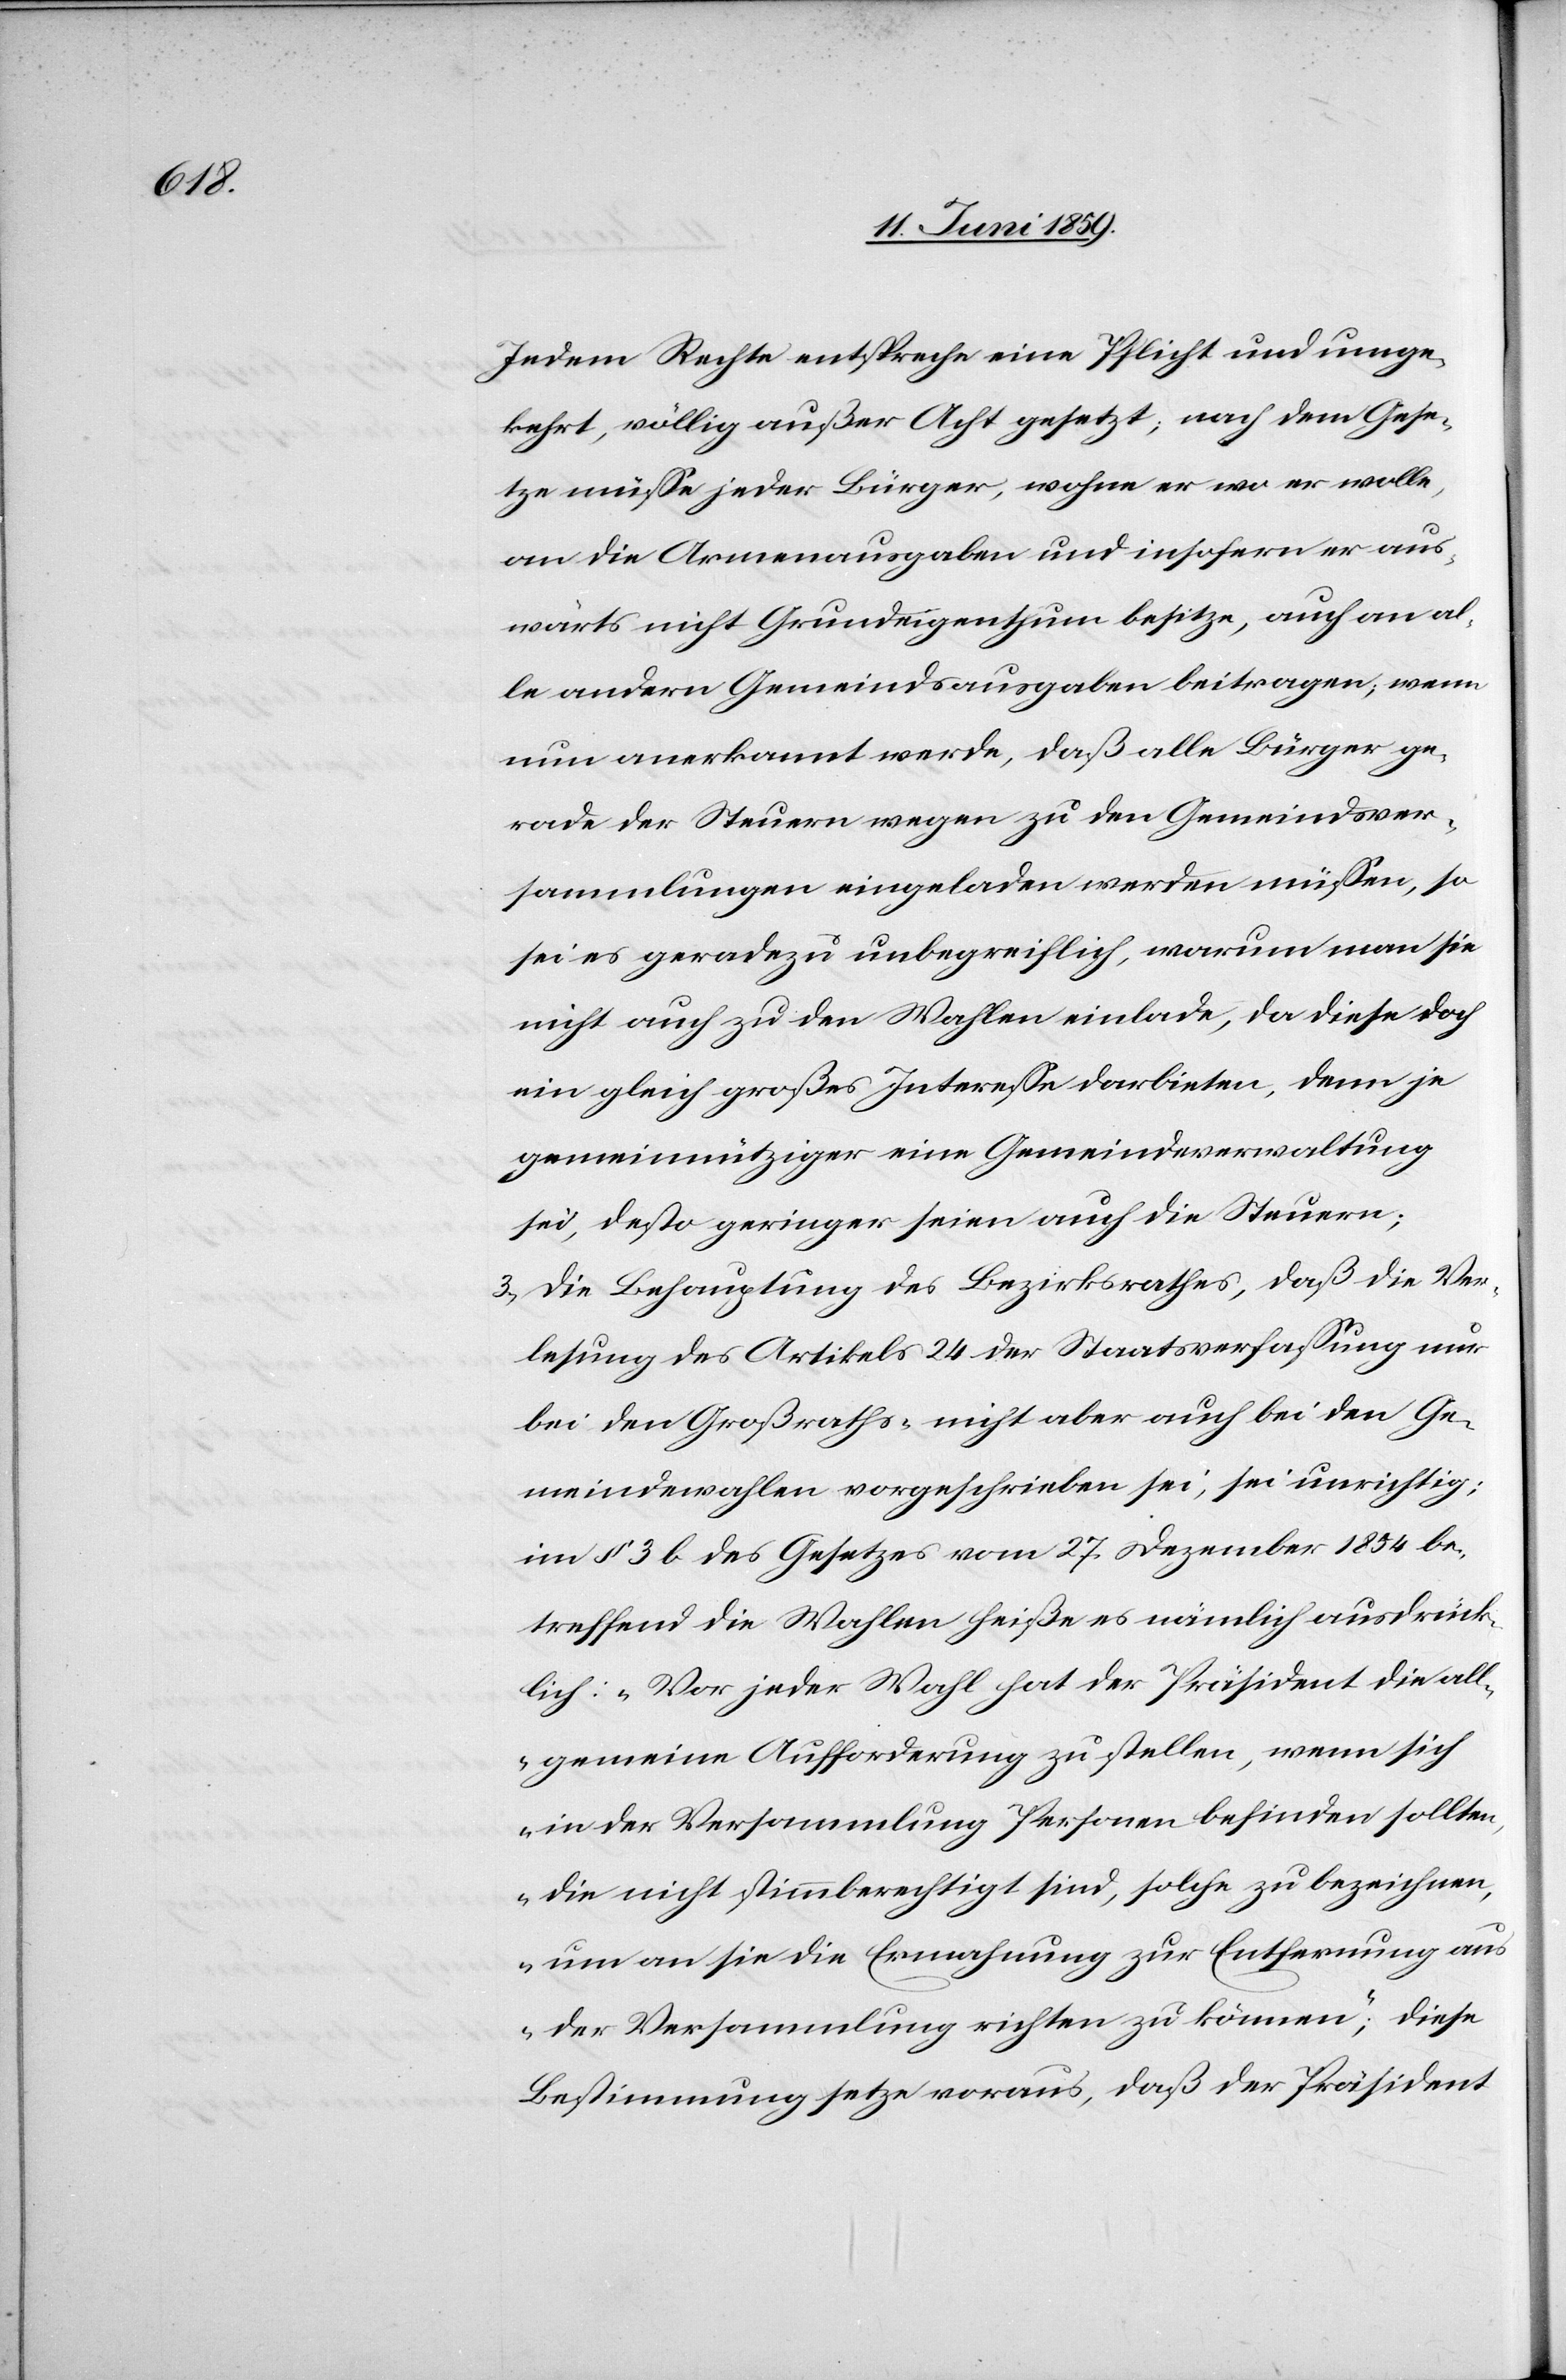
Jedem Rechte entspreche eine Pflicht und umge¬
kehrt, völlig außer Acht gesetzt, nach dem Gese¬
tze müsse jeder Bürger, wohne er wo er wolle,
an die Armenausgaben und insofern er aus¬
wärts nicht Grundeigenthum besitze, auch an al¬
le andern Gemeindsausgaben beitragen; wenn
nun anerkannt werde, daß alle Bürger ge¬
rade der Steuern wegen zu den Gemeindsver¬
sammlungen eingeladen werden müssen, so
sei es geradezu unbegreiflich, warum man sie
nicht auch zu den Wahlen einlade, da diese doch
ein gleich großes Interesse darbieten, denn je
gemeinnütziger eine Gemeindeversammlung
sei, desto geringer seien auch die Steuern;
3) Die Behauptung des Bezirksrathes, daß die Ver¬
lesung des Artikels 24 der Staatsverfassung nur
bei den Großraths- nicht aber auch bei den Ge¬
meindewahlen vorgeschrieben sei, sei unrichtig;
im § 3 des Gesetzes vom 27. Dezember 1854 be¬
treffend die Wahlen heiße es nämlich ausdrück¬
lich: „Vor jeder Wahl hat der Präsident die all¬
gemeine Aufforderung zu stellen, wenn sich
in der Versammlung Personen befinden sollten,
die nicht stimmberechtigt sind, solche zu bezeichnen
um an sie die Ermahnung zur Entfernung a¬
us der Versammlung richten zu können;“ diese
Bestimmung setze voraus, daß der Präsident